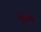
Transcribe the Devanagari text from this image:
ब्रिसो